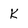
Character: k